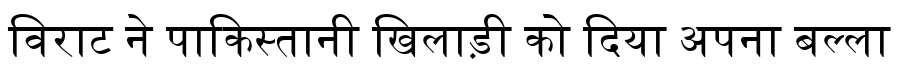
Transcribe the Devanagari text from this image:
विराट ने पाकिस्तानी खिलाड़ी को दिया अपना बल्ला